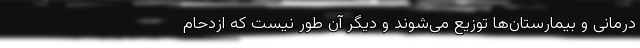
درمانی و بیمارستان‌ها توزیع می‌شوند و دیگر آن طور نیست که ازدحام